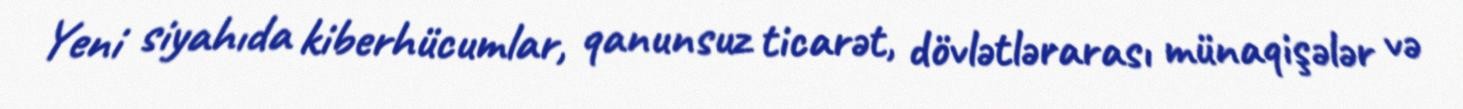
Yeni siyahıda kiberhücumlar, qanunsuz ticarət, dövlətlərarası münaqişələr və